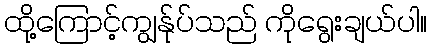
ထို့ကြောင့်ကျွန်ုပ်သည် ကိုရွေးချယ်ပါ။